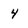
Character: 4